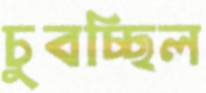
চুবচ্ছিল